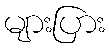
များပြား